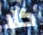
كلا